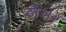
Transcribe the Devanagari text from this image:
ठौर।।